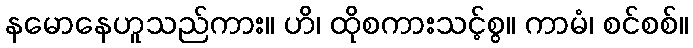
နမောနေဟူသည်ကား။ ဟိ၊ ထိုစကားသင့်စွ။ ကာမံ၊ စင်စစ်။